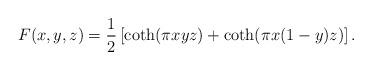
LaTeX: \begin{align*}F(x,y,z) = \frac{1 }{ 2} \left[\coth(\pi x y z) + \coth(\pi x (1-y) z)\right].\end{align*}